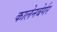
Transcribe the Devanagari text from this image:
कालेनबेर्गर